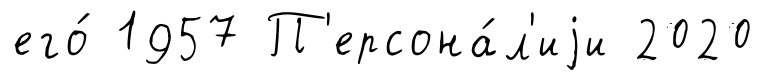
его́ 1957 П'ерсона́л'иjи 2020